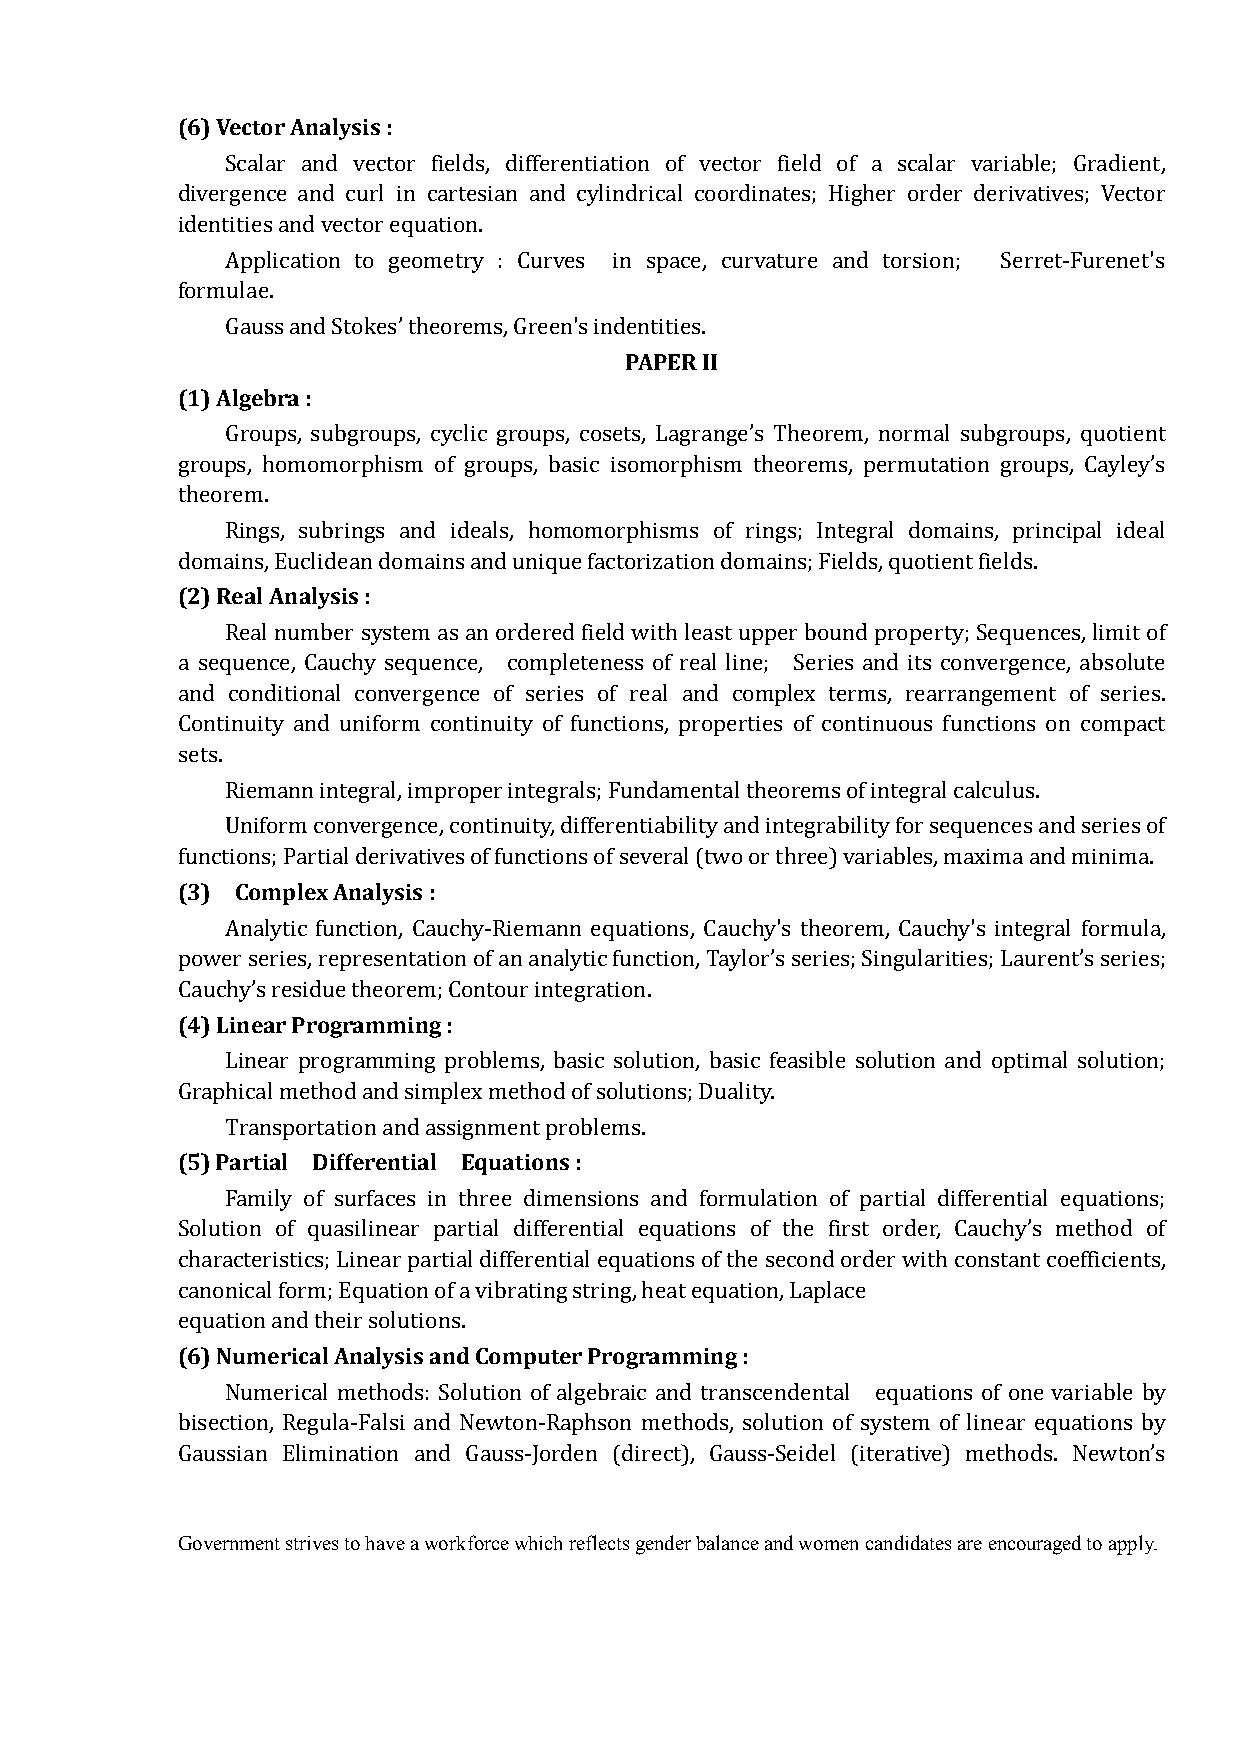
(6) Vector Analysis :
 Scalar and vector fields, differentiation of vector field of a scalar variable; Gradient,
 divergence and curl in cartesian and cylindrical coordinates; Higher order derivatives; Vector
 identities and vector equation.
 Application to geometry : Curves in space, curvature and torsion; Serret-Furenet's
 formulae.
 PAPER II
 Gauss and Stokes’ theorems, Green's indentities.
 (1) Algebra :
 Groups, subgroups, cyclic groups, cosets, Lagrange’s Theorem, normal subgroups, quotient
 groups, homomorphism of groups, basic isomorphism theorems, permutation groups, Cayley’s
 theorem.
 Rings, subrings and ideals, homomorphisms of rings; Integral domains, principal ideal
 (2) Real Analysis :
 domains, Euclidean domains and unique factorization domains; Fields, quotient fields.
 Real number system as an ordered field with least upper bound property; Sequences, limit of
 a sequence, Cauchy sequence, completeness of real line; Series and its convergence, absolute
 and conditional convergence of series of real and complex terms, rearrangement of series.
 Continuity and uniform continuity of functions, properties of continuous functions on compact
 sets.
 Riemann integral, improper integrals; Fundamental theorems of integral calculus.
 Uniform convergence, continuity, differentiability and integrability for sequences and series of
 (3) Complex Analysis :
 functions; Partial derivatives of functions of several (two or three) variables, maxima and minima.
 Analytic function, Cauchy-Riemann equations, Cauchy's theorem, Cauchy's integral formula,
 power series, representation of an analytic function, Taylor’s series; Singularities; Laurent’s series;
 (4) Linear Programming :
 Cauchy’s residue theorem; Contour integration.
 Linear programming problems, basic solution, basic feasible solution and optimal solution;
 Graphical method and simplex method of solutions; Duality.
 (5) Partial Differential Equations :
 Transportation and assignment problems.
 Family of surfaces in three dimensions and formulation of partial differential equations;
 Solution of quasilinear partial differential equations of the first order, Cauchy’s method of
 characteristics; Linear partial differential equations of the second order with constant coefficients,
 canonical form; Equation of a vibrating string, heat equation, Laplace
 (6) Numerical Analysis and Computer Programming :
 equation and their solutions.
 Numerical methods: Solution of algebraic and transcendental equations of one variable by
 bisection, Regula-Falsi and Newton-Raphson methods, solution of system of linear equations by
 Gaussian Elimination and Gauss-Jorden (direct), Gauss-Seidel (iterative) methods. Newton’s
 Government strives to have a workforce which reflects gender balance and women candidates are encouraged to apply.